Code of medical and sanitary regulations for the guidance of medical officers serving in the Madras Presidency - Volume I
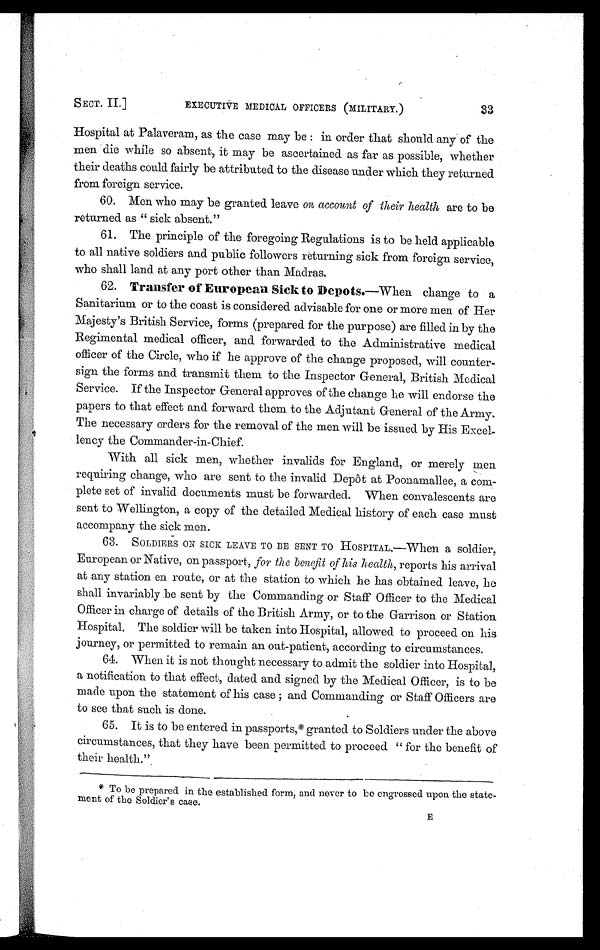
SECT. II.]
EXECUTIVE MEDICAL OFFICERS (MILITARY.)
33
Hospital at Palaveram, as the case may be : in order that should any of the
men die while so absent, it may be ascertained as far as possible, whether
their deaths could fairly be attributed to the disease under which they returned
from foreign service.
60. Men who may be granted leave On account of their health are to be
returned as " sick absent."
61. The principle of the foregoing Regulations is to be held applicable
to all native soldiers and public followers returning sick from foreign service,
who shall land at any port other than Madras.
62.
Transfer of European Sick to Depots.—When change to a
Sanitarium or to the coast is considered advisable for one or more men of Her
Majesty's British Service, forms (prepared for the purpose) are filled in by the
Regimental medical officer, and forwarded to the Administrative medical
officer of the Circle, who if he approve of the change proposed, will counter-
sign the forms and transmit them to the Inspector General, British Medical
Service. If the Inspector General approves of the change he will endorse the
papers to that effect and forward them to the Adjutant General of the Army.
The necessary orders for the removal of the men will be issued by His Excel-
lency the Commander-in-Chief.
With all sick men, whether invalids for England, or merely men
requiring change, who are sent to the invalid Depôt at Poonamallee, a com-
plete set of invalid documents must be forwarded. When convalescents are
sent to Wellington, a copy of the detailed Medical history of each case must
accompany the sick men.
63. SOLDIERS ON SICK LEAVE TO BE SENT TO HOSPITAL.—When a soldier
European or Native, on passport, for the benefit of his health, reports his arrival
at any station en route, or at the station to which he has obtained leave, he
shall invariably be sent by the Commanding or Staff Officer to the Medical
Officer in charge of details of the British Army, or to the Garrison or Station
Hospital. The soldier will be taken into Hospital, allowed to proceed on his
journey, or permitted to remain an out-patient, according to circumstances.
64. When it is not thought necessary to admit the soldier into Hospital,
a notification to that effect, dated and signed by the Medical Officer, is to be
made upon the statement of his case ; and Commanding or Staff Officers are
to see that such is done.
65. It is to be entered in passports,* granted to Soldiers under the above
circumstances, that they have been permitted to proceed " for the benefit of
their health."
* To be prepared in the established form, and never to be engrossed upon the state-
ment of the Soldier's case.
E